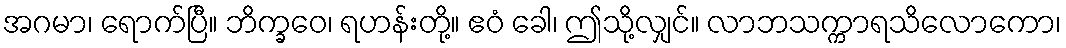
အဂမာ၊ ရောက်ပြီ။ ဘိက္ခဝေ၊ ရဟန်းတို့။ ဧဝံ ခေါ၊ ဤသို့လျှင်။ လာဘသက္ကာရသိလောကော၊